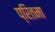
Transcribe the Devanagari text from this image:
प्रितमा